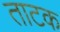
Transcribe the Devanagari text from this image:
ताटक